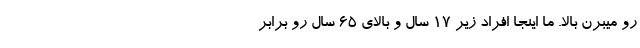
رو میبرن بالا. ما اینجا افراد زیر 17 سال و بالای 65 سال رو برابر